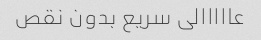
عااااالی سریع بدون نقص